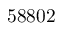
5 8 8 0 2